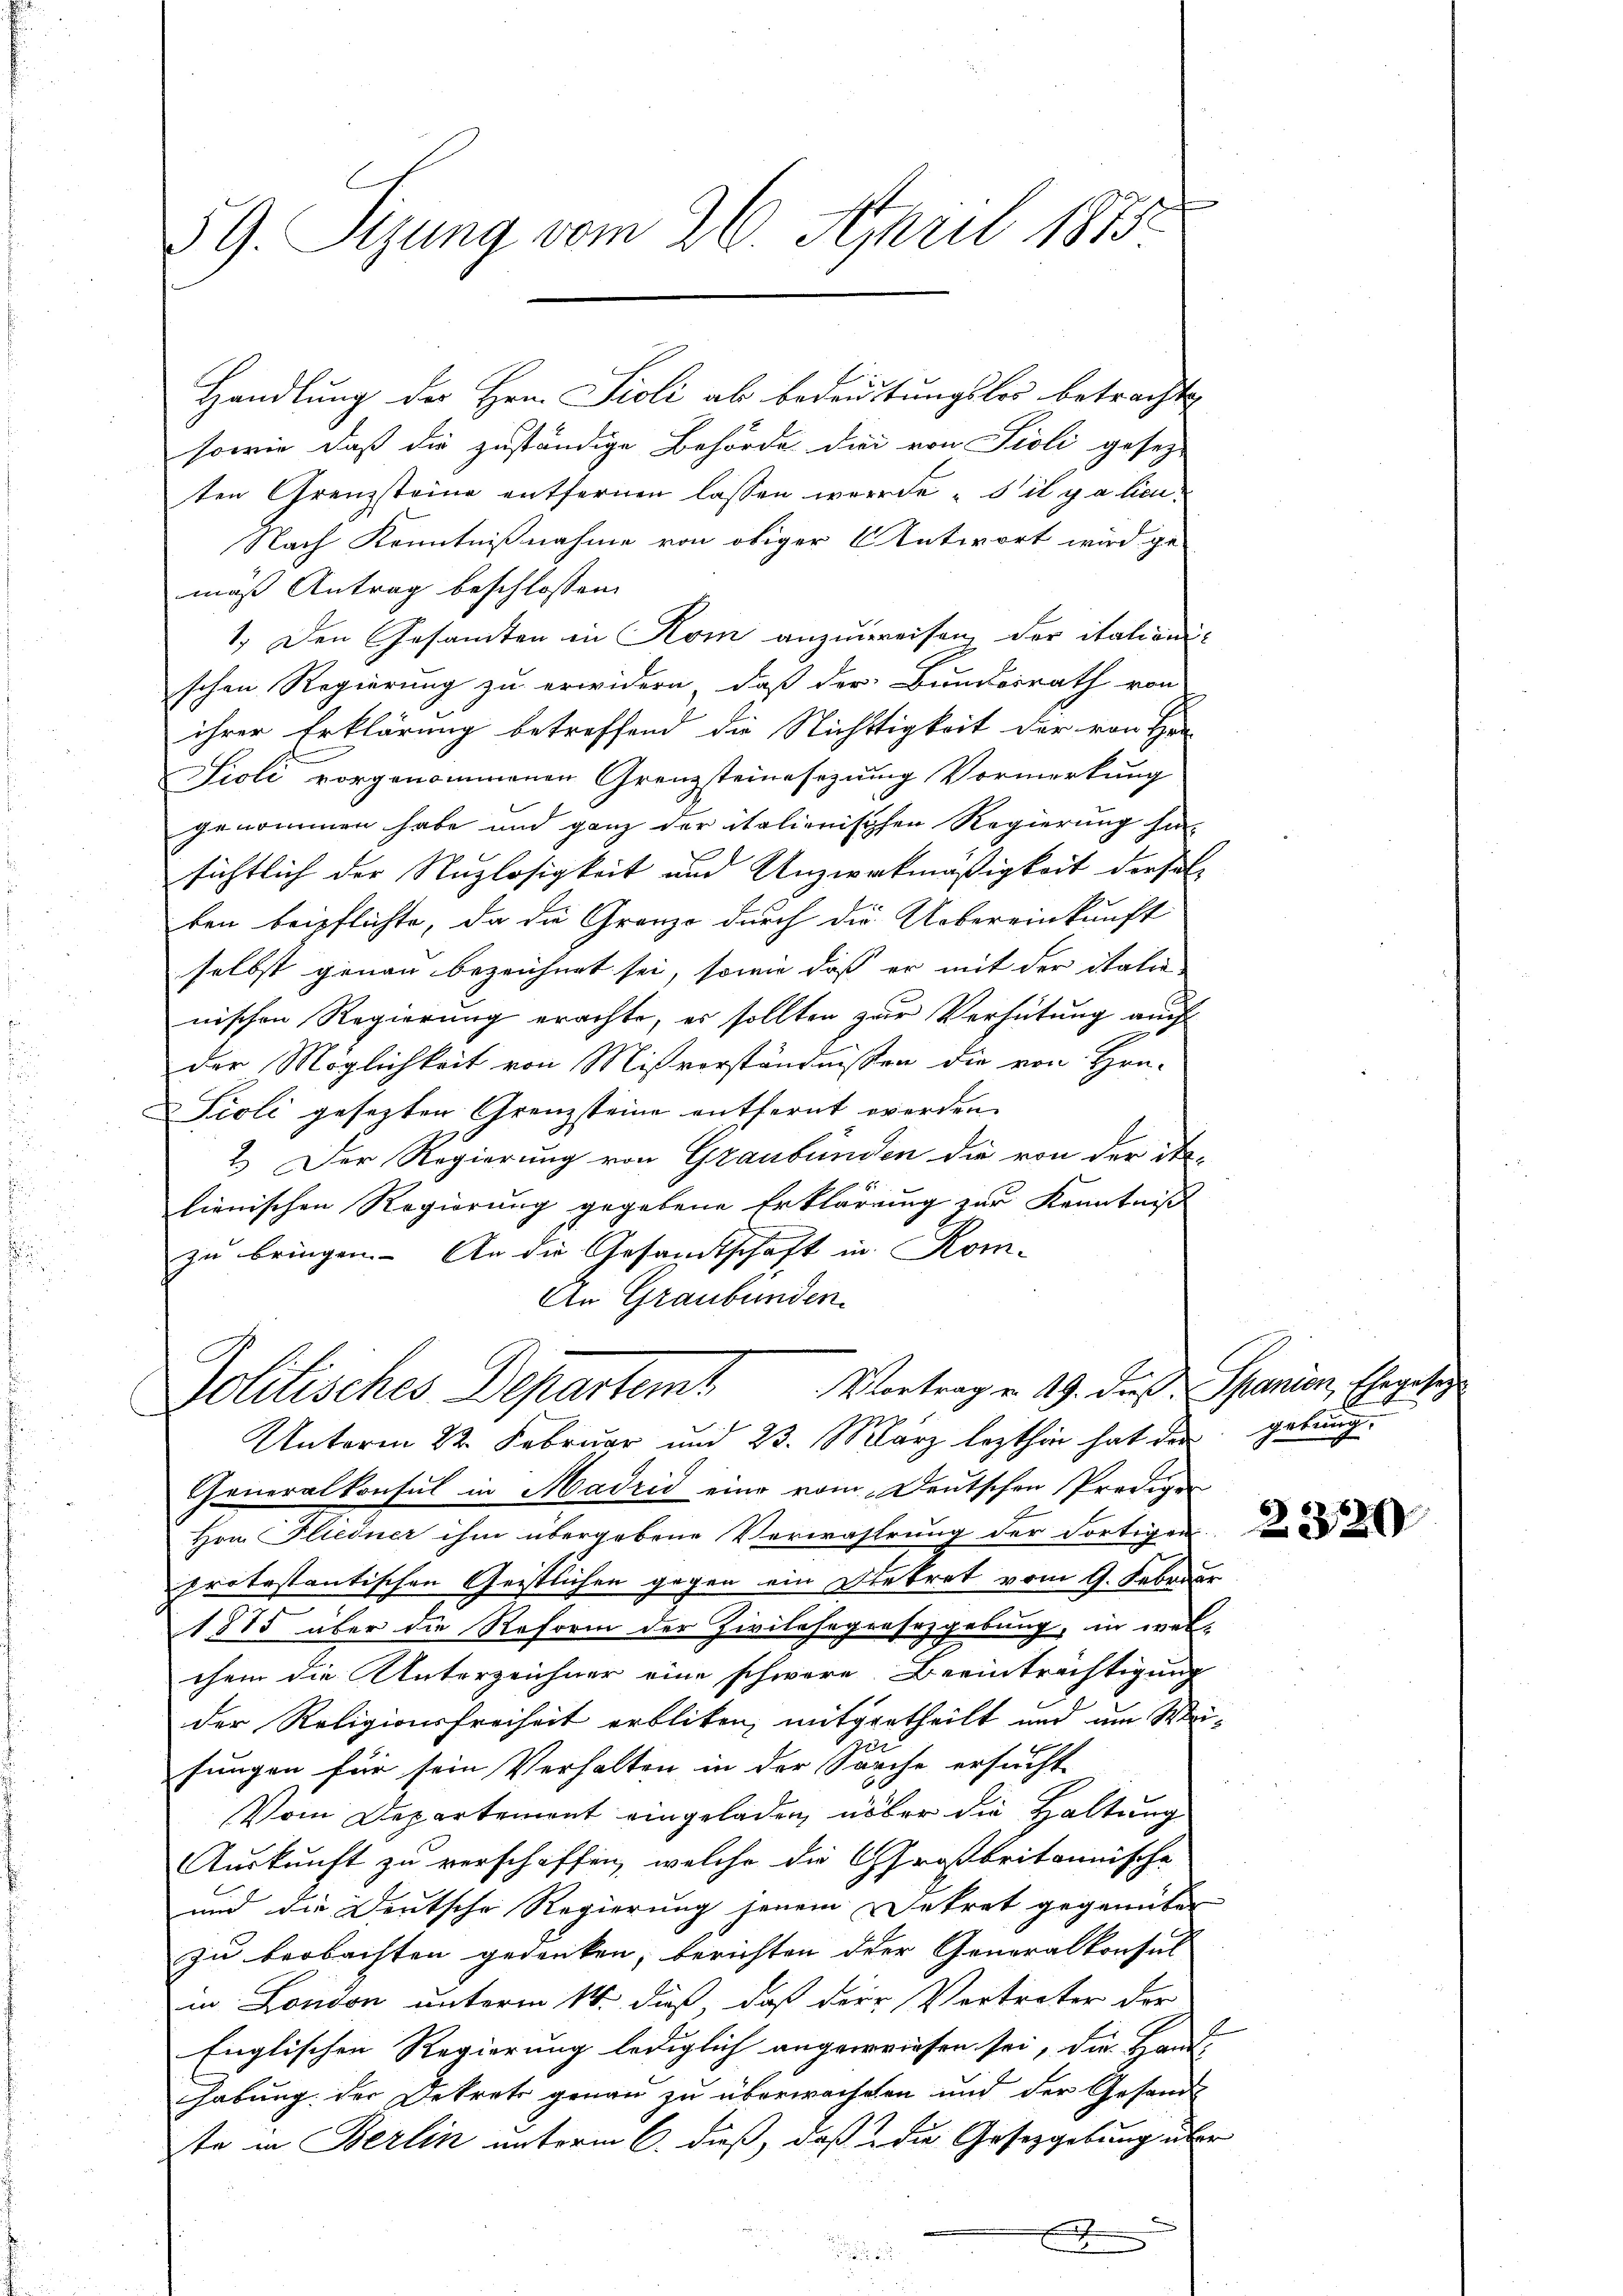
59. Sizung vom 26. April 1875.

Handlung der Hrn. Sioli ab bedeutungslos betrachte
sowie daß die zuständige Behörde die von Pioli gesez-
ten Grenzsteine entfernen lassen werde s’il y a lieu¬
Nach Kenntnißnahme von obiger Antwort wird ge-
mäß Antrag beschlossen:
1.) Den Gesamten in Rom anzuweisen der italienischen Regierung zu erwidern, daß der Bundesrath von
ihrer Erklärung betreffend die Nichtigkeit der von Her-
Sioli vorgenommenen Grenzsteinesezung Vormerkung
genommen habe und ganz der italienischen Regierung hin-
sichtlich der Nuzlosigkeit und Unzweckmäßigkeit derselten beipflichte, da die Granzo durch die Uebereinkunft
selbst genau bezeichnet sei, sowie daß er mit der italie
nischen Regierung erachte, es sollten zur Verhütung auch
der Möglichkeit von Misvorständnissen die von Hrn.
Pioli gesezten Grenzsteine entfernt werden.
2.) Der Regierung von Graubünden die von der Ste-
lienischen Regierung gegebene Erklärung zur Kenntniß
zu bringen. An die Gesandtschaft in Kom-
An Graubünden.
Vortrag u. 19. dieß. Spanien, Ehegesez
Politisches Departemt
Unterm 22. Februar und 23. März lezthin hat der gebung.
Generalkonsul in Madrid eine vom Deutschen Predigen
Hrn. Gliedner ihm übergebene Verwahrung der Fortigen
protestantischen Geistlichen gegen ein Diebret vom 9. Febru
1885 über die Reform der Zivilehegrasrzgebung, in welchem die Unterzeichner eine schwere Beeinträchtigung
der Religionsfreiheit erbliten, mitgetheilt und um We
fungen für sein Verhalten in der Sache ersucht
Vom Departement eingeladen, über die Haltung
Auskunft zu verschaffen, welche die Großbritannische
und die Deutsche Regierung jenem Dekret gegenüber
zu beobachten gedenken, berichten der Generalkonsul
in London unterm 14. daß, daß der Vertreter der
Englischen Regierung lediglich angewiesen sei, die Hand-
habung der Dekrets genau zu überwacheten und der Gesand
te in Berlin unterm 6. dieß, daß die Gesetzgebung über
x

r
2

2
a

2320